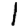
Digit: 1